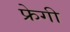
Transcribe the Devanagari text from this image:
फ्रेगी